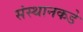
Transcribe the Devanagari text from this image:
संस्थानकडे